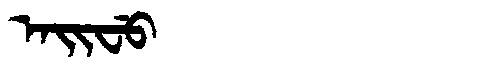
Manchu: ᠠᡳᠸᡠ
Romanization: AIFU